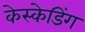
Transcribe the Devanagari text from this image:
केस्केडिंग